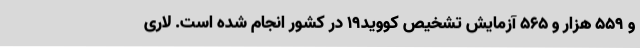
و 559 هزار و 565 آزمایش تشخیص کووید19 در کشور انجام شده است. لاری